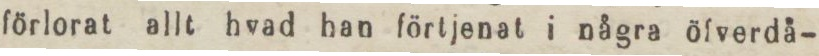
förlorat allt hvad han förtjenat i några öfverdå-